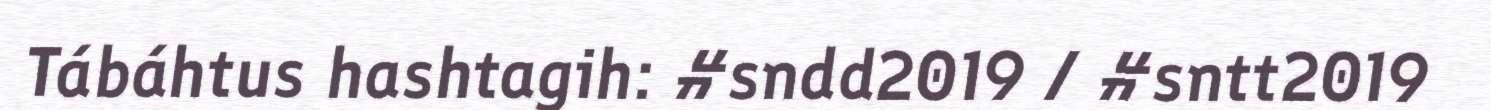
Tábáhtus hashtagih: #sndd2019 / #sntt2019